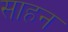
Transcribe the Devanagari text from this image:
साहन